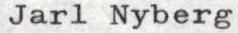
Jarl Nyberg